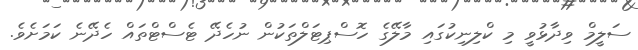
ސަލީމް ވިދާޅުވީ މި ކްލިނިކުގައި މާލޭގެ ހޮސްޕިޓަލްތަކުން ނުހެދޭ ޓެސްޓްތައް ހެދޭނެ ކަމަށެވެ.